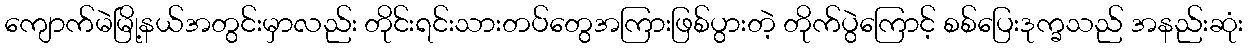
ကျောက်မဲမြို့နယ်အတွင်းမှာလည်း တိုင်းရင်းသားတပ်တွေအကြားဖြစ်ပွားတဲ့ တိုက်ပွဲကြောင့် စစ်ပြေးဒုက္ခသည် အနည်းဆုံး